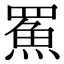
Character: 𩶊